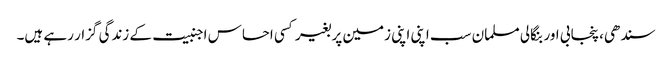
سندھی، پنجابی اور بنگالی مسلمان سب اپنی اپنی زمین پر بغیر کسی احساس اجنبیت کے زندگی گزار رہے ہیں۔